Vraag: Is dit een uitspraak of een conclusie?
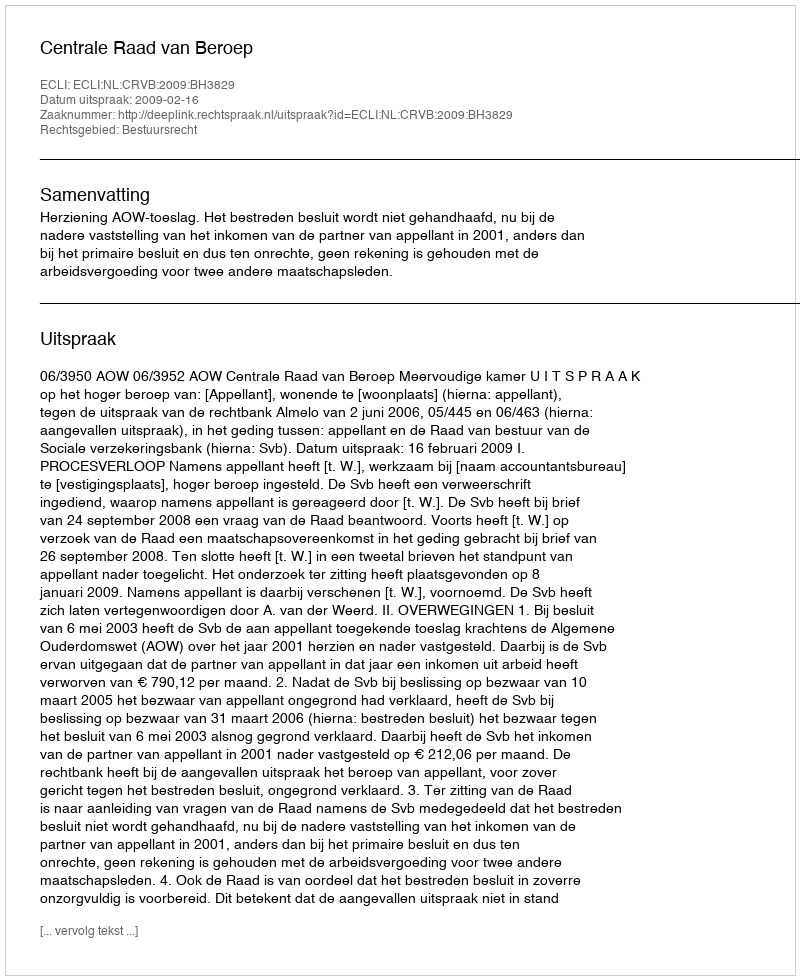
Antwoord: Uitspraak